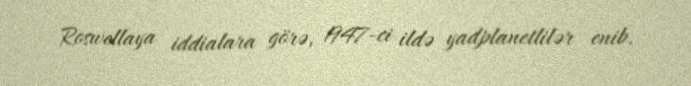
Roswellaya iddialara görə, 1947-ci ildə yadplanetlilər enib.